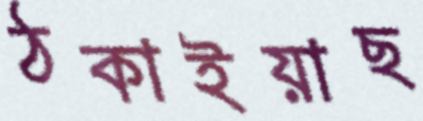
ঠকাইয়াছ